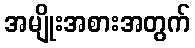
အမျိုးအစားအတွက်